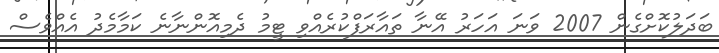
ބަދަލުކޮށްގެން 2007 ވަނަ އަހަރު އޭނާ ތައާރަފްކުރެއްވި ޓީމު ދެމިއޮންނާނެ ކަމާމެދު އެއްވެސް